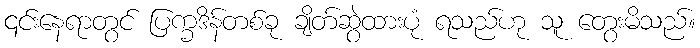
၎င်းနေရာတွင် ပြက္ခဒိန်တစ်ခု ချိတ်ဆွဲထားပုံ ရသည်ဟု သူ တွေးမိသည်။